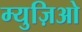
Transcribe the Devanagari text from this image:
म्युज़िओ